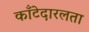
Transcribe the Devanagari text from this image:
काँटेदारलता